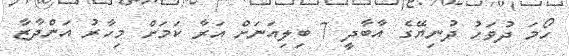
ހޯމަ ދުވަހު ދުނިޔޭގެ އާބާދީ 7 ބިލިއަނަށް އަރާ ކަމަށް މިހާރު އަންދާޒާ